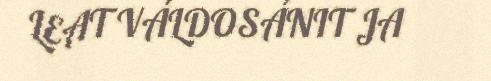
LEAT VÁLDOSÁNIT JA